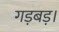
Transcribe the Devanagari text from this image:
गड़बड़।